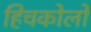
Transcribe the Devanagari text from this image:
हिचकोलों